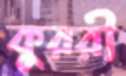
কুররী